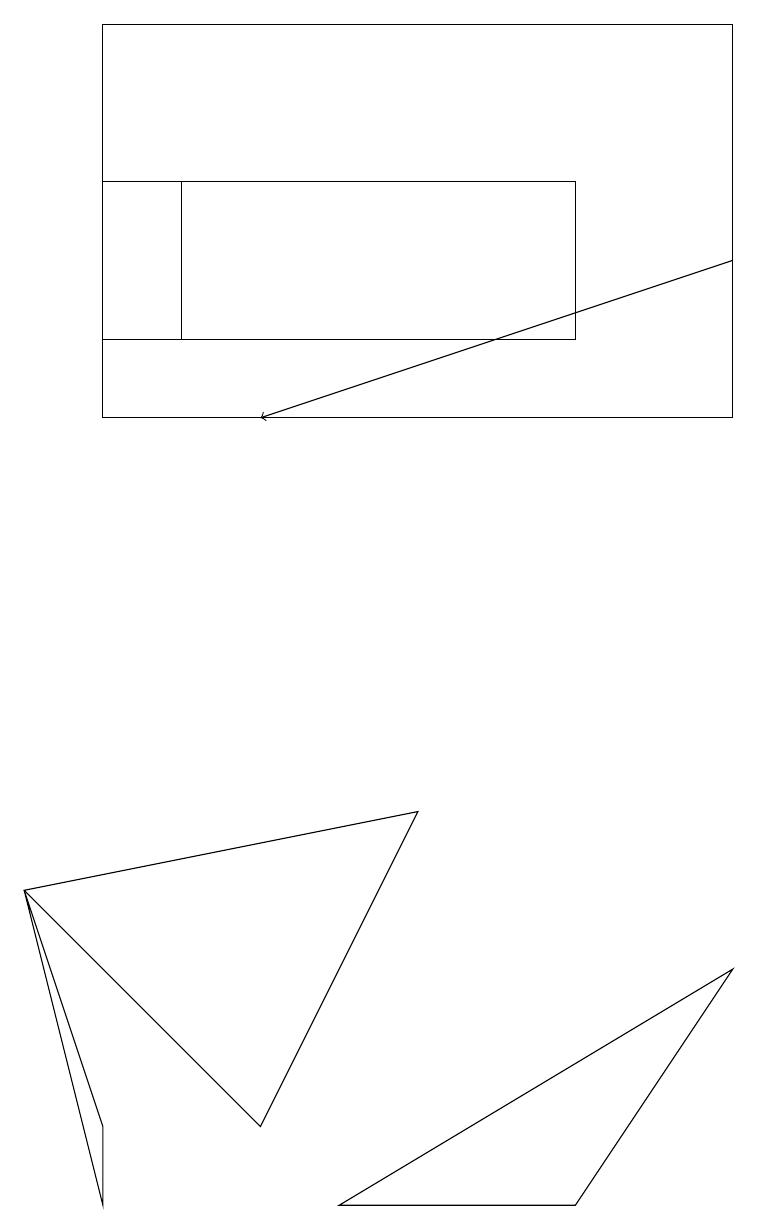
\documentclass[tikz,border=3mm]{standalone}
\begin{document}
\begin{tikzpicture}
\draw (7,0) -- (9,3) -- (4,0) -- cycle;
\draw[->] (9,12) -- (3,10);
\draw (0,4) -- (1,1) -- (1,0) -- cycle;
\draw (2,11) rectangle (2,13);
\draw (1,10) rectangle (9,15);
\draw (7,11) rectangle (1,13);
\draw (0,4) -- (5,5) -- (3,1) -- cycle;
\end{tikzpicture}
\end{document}